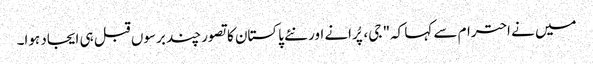
میں نے احترام سے کہا کہ" جی، پُرانے اور نئے پاکستان کا تصور چند برسوں قبل ہی ایجاد ہوا۔